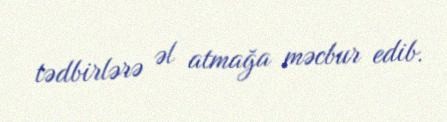
tədbirlərə əl atmağa məcbur edib.